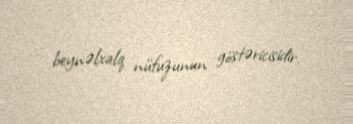
beynəlxalq nüfuzunun göstəricisidir.